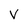
Character: V